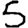
Digit: 5